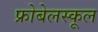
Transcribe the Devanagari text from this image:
फ्रोबेलस्कूल